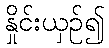
နှိုင်းယှဉ်၍